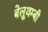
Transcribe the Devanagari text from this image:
बेलूथम्बी